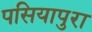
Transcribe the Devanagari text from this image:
पसियापुरा